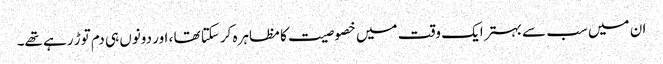
ان میں سب سے بہتر ایک وقت میں خصوصیت کا مظاہرہ کرسکتا تھا ، اور دونوں ہی دم توڑ رہے تھے۔